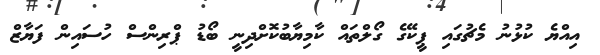
އިއްޔެ ކުޅުނު މެޗުގައި ޕީކޭގެ ގޯލްތައް ކާމިޔާބުކޮށްދިނީ ބޯޑު ޕްރިންސް ހުސައިން ފަޔާޒް